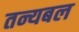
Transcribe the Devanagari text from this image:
तन्यबल